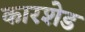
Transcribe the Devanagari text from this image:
कारशेड